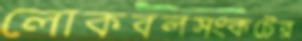
লোকবলসংকটের